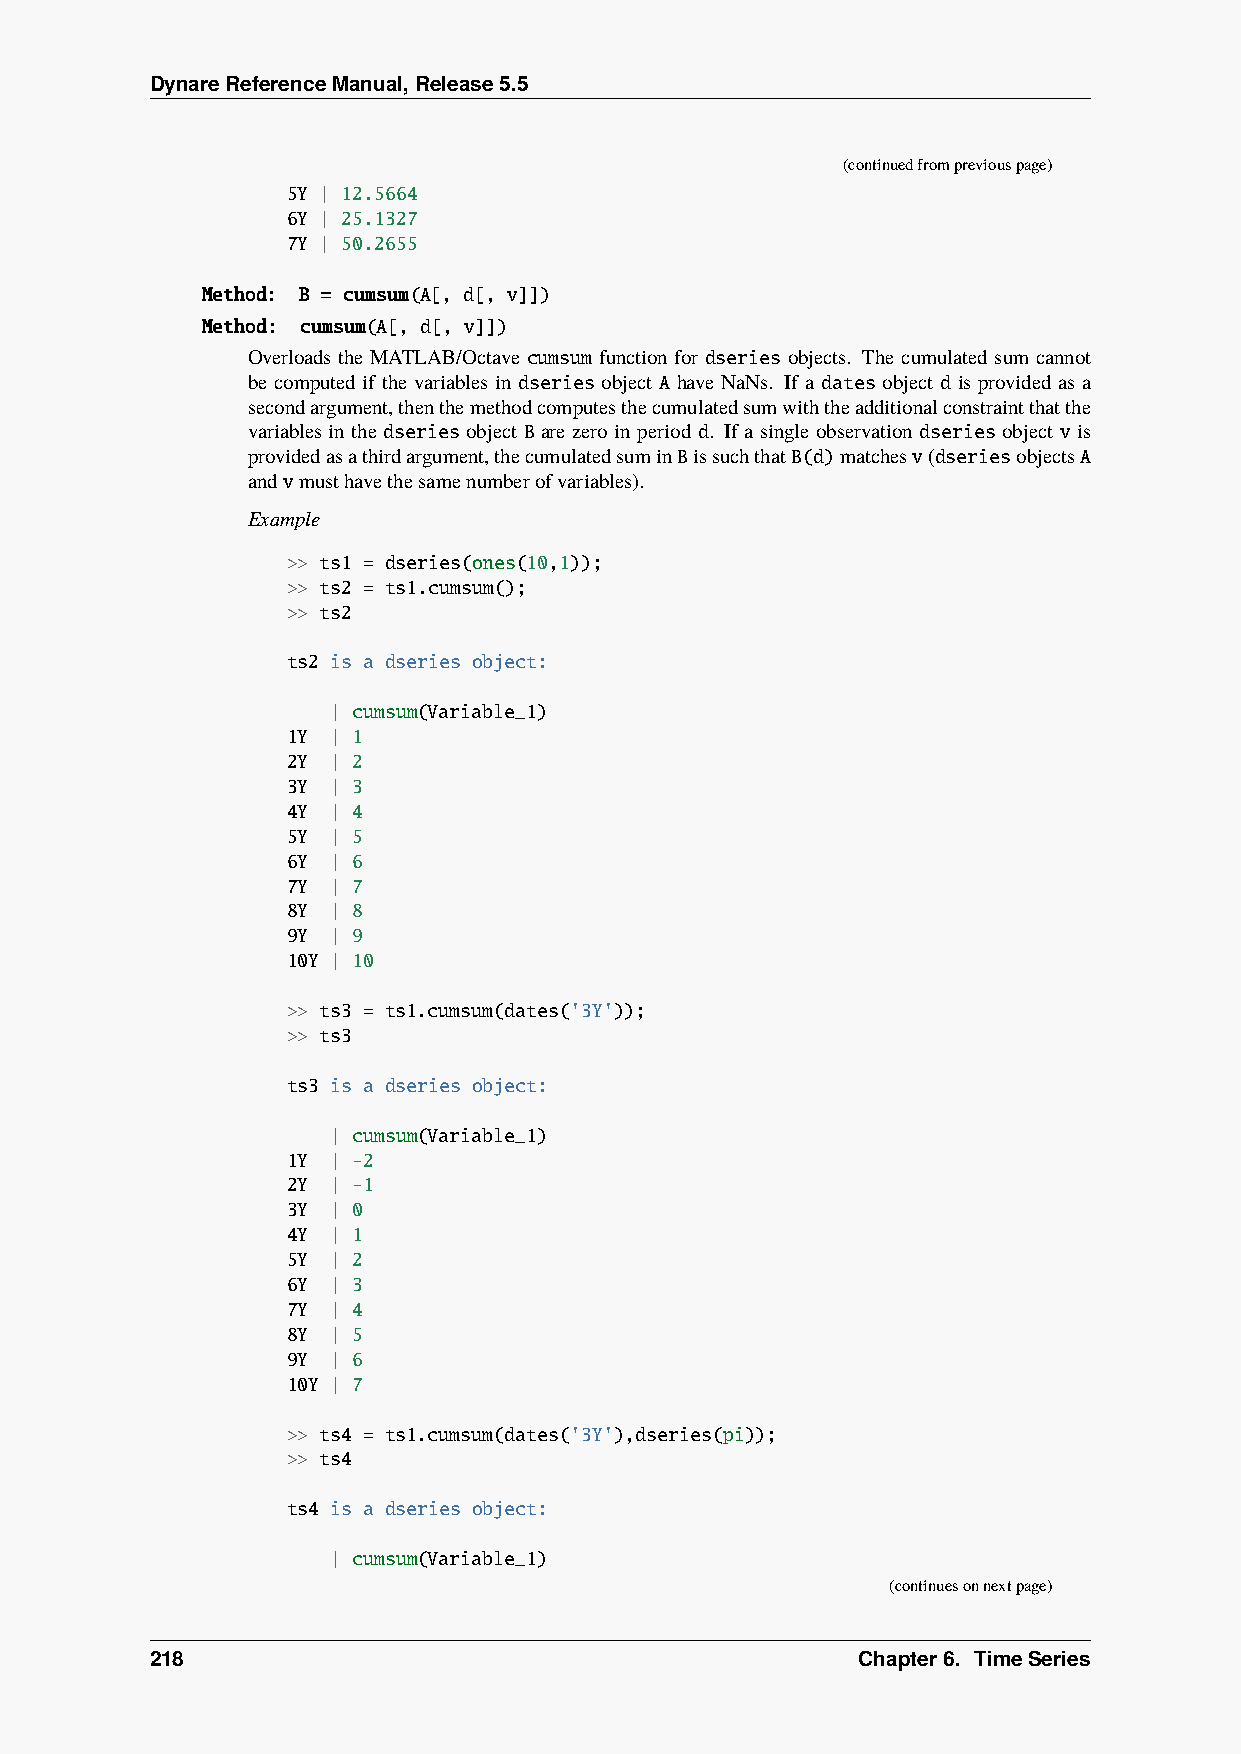
DynareReferenceManual,Release5.5
 (continuedfrompreviouspage)
 5Y | 12.5664
 6Y | 25.1327
 7Y | 50.2655
 Method: B = cumsum(A[, d[, v]])
 Method: cumsum(A[, d[, v]])
 Overloads the MATLAB/Octave cumsum function for dseries objects. The cumulated sum cannot
 be computed if the variables in dseries object A have NaNs. If a dates object d is provided as a
 secondargument,thenthemethodcomputesthecumulatedsumwiththeadditionalconstraintthatthe
 variables in the dseries object B are zero in period d. If a single observation dseries object v is
 providedasathirdargument,thecumulatedsuminBissuchthatB(d)matchesv(dseriesobjectsA
 andvmusthavethesamenumberofvariables).
 Example
 >> ts1 = dseries(ones(10,1));
 >> ts2 = ts1.cumsum();
 >> ts2
 ts2 is a dseries object:
 | cumsum(Variable_1)
 1Y | 1
 2Y | 2
 3Y | 3
 4Y | 4
 5Y | 5
 6Y | 6
 7Y | 7
 8Y | 8
 9Y | 9
 10Y | 10
 >> ts3 = ts1.cumsum(dates('3Y'));
 >> ts3
 ts3 is a dseries object:
 | cumsum(Variable_1)
 1Y | -2
 2Y | -1
 3Y | 0
 4Y | 1
 5Y | 2
 6Y | 3
 7Y | 4
 8Y | 5
 9Y | 6
 10Y | 7
 >> ts4 = ts1.cumsum(dates('3Y'),dseries(pi));
 >> ts4
 ts4 is a dseries object:
 | cumsum(Variable_1)
 (continuesonnextpage)
 218                                            Chapter6. TimeSeries